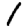
Digit: 1